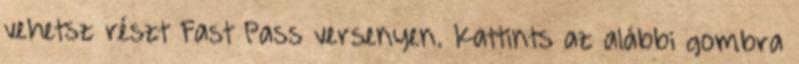
vehetsz részt Fast Pass versenyen. Kattints az alábbi gombra